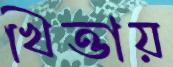
খিত্তায়